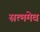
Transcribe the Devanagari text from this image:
सत्ममेव